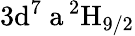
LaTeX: \mathrm{3d^{7}\ a\, ^{2}H_{9/2}}